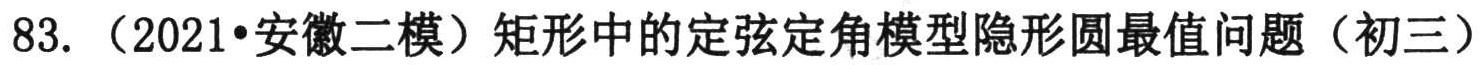
83.（2021•安徽二模）矩形中的定弦定角模型隐形圆最值问题（初三）